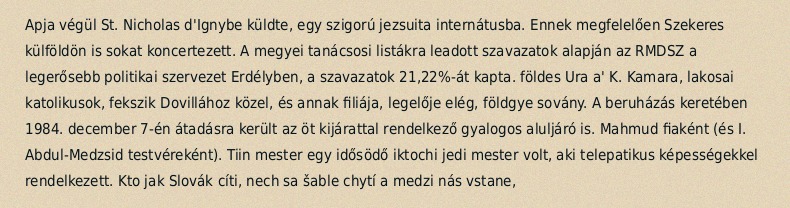
Apja végül St. Nicholas d'Ignybe küldte, egy szigorú jezsuita internátusba. Ennek megfelelően Szekeres külföldön is sokat koncertezett. A megyei tanácsosi listákra leadott szavazatok alapján az RMDSZ a legerősebb politikai szervezet Erdélyben, a szavazatok 21,22%-át kapta. földes Ura a' K. Kamara, lakosai katolikusok, fekszik Dovillához közel, és annak filiája, legelője elég, földgye sovány. A beruházás keretében 1984. december 7-én átadásra került az öt kijárattal rendelkező gyalogos aluljáró is. Mahmud fiaként (és I. Abdul-Medzsid testvéreként). Tiin mester egy idősödő iktochi jedi mester volt, aki telepatikus képességekkel rendelkezett. Kto jak Slovák cíti, nech sa šable chytí a medzi nás vstane,